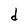
Character: d